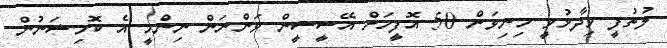
ލުތުފީ ވިދާޅުވީ މިނިވަން 50 އޮފީހަށް އޭސީސީން ވަންނަން ނިންމީ އެ ކޮމިޝަނުން